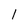
Character: l